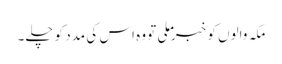
مکہ والوں کو خبر ملی تو وہ اس کی مدد کو چلے۔